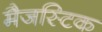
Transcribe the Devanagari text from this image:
मैजस्टिक